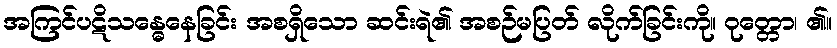
အကြင်ပဋိသန္ဓေနေခြင်း အစရှိသော ဆင်းရဲ၏ အစဉ်မပြတ် လိုက်ခြင်းကို။ ဝုတ္တော၊ ၏။